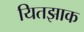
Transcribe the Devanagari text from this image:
यितझाक